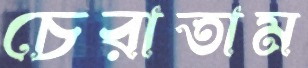
চেরাতাম